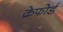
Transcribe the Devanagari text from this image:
क्रेफोर्ड